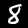
Digit: 8